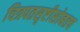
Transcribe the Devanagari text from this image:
चित्रपतसृष्टीसोबतच